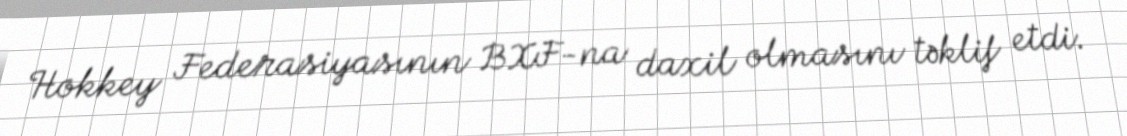
Hokkey Federasiyasının BXF-na daxil olmasını təklif etdi.